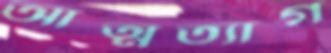
আত্মত্যাগ